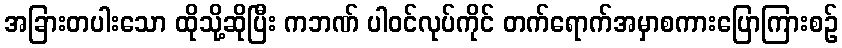
အခြားတပါးသော ထိုသို့ဆိုပြီး ကဘဏ် ပါဝင်လုပ်ကိုင် တက်ရောက်အမှာစကားပြောကြားစဉ်